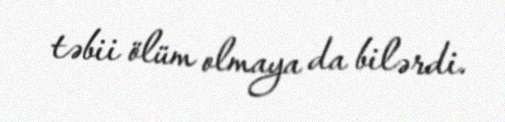
təbii ölüm olmaya da bilərdi.